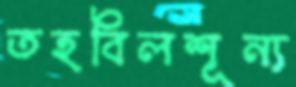
তহবিলশূন্য